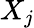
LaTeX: X_{j}